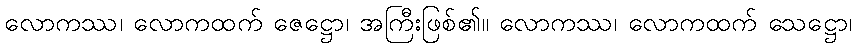
လောကဿ၊ လောကထက် ဇေဋ္ဌော၊ အကြီးဖြစ်၏။ လောကဿ၊ လောကထက် သေဋ္ဌော၊